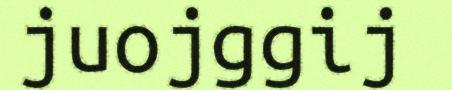
juojggij